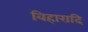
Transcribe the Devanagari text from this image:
विहारादि